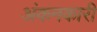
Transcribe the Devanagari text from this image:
अंकनकारी